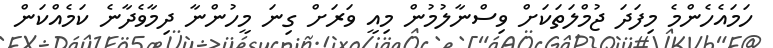
ހަމައެހެންމެ މިފަދަ ޖުމްލަތަކަށް ވިސްނާލުމުން މިއީ ވަރަށް ގިނަ މީހުންނާ ދިމާވެދާނެ ކަމެއްކަން